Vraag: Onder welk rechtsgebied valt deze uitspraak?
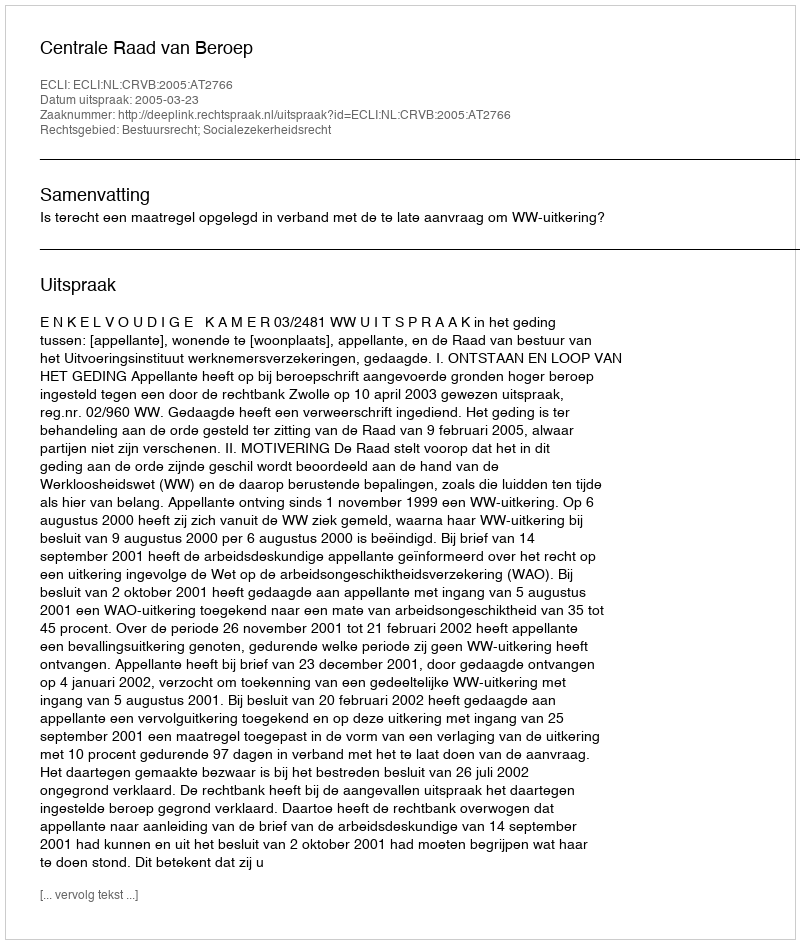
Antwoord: Bestuursrecht; Socialezekerheidsrecht